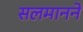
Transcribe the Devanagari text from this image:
सलमानने